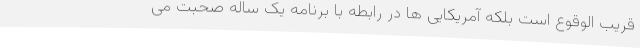
قریب الوقوع است بلکه آمریکایی ها در رابطه با برنامه یک ساله صحبت می